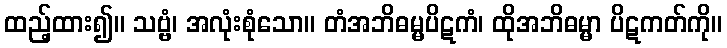
ထည့်ထား၍။ သဗ္ဗံ၊ အလုံးစုံသော။ တံအဘိဓမ္မပိဋကံ၊ ထိုအဘိဓမ္မာ ပိဋကတ်ကို။